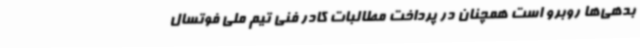
بدهی‌ها روبرو است همچنان در پرداخت مطالبات کادر فنی تیم ملی فوتسال